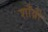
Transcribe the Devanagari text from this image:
शाँब्री